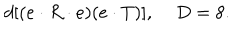
LaTeX: d [ ( e \cdot R \cdot e ) ( e \cdot T ) ] , \; D = 8 .